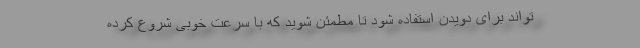
تواند برای دویدن استفاده شود تا مطمئن شوید که با سرعت خوبی شروع کرده